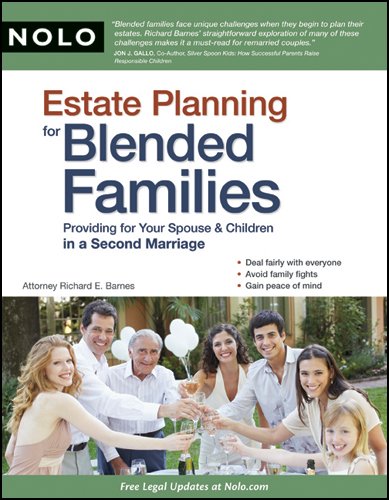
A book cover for Estate Planning for Blended Families: Providing for Your Spouse & Children in a Second Marriage; Richard E. Barnes; Parenting & Relationships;